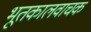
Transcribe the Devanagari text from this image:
भूतकालवाचक